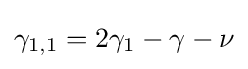
\gamma _{1,1}=2\gamma _{1}-\gamma -\nu